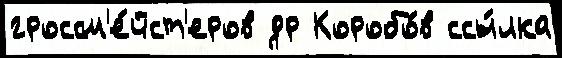
гроссм'е́йст'еров др Коробо́в ссы́лка